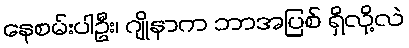
နေစမ်းပါဦး၊ ဂျိုနာက ဘာအပြစ် ရှိလို့လဲ